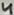
Text: 4